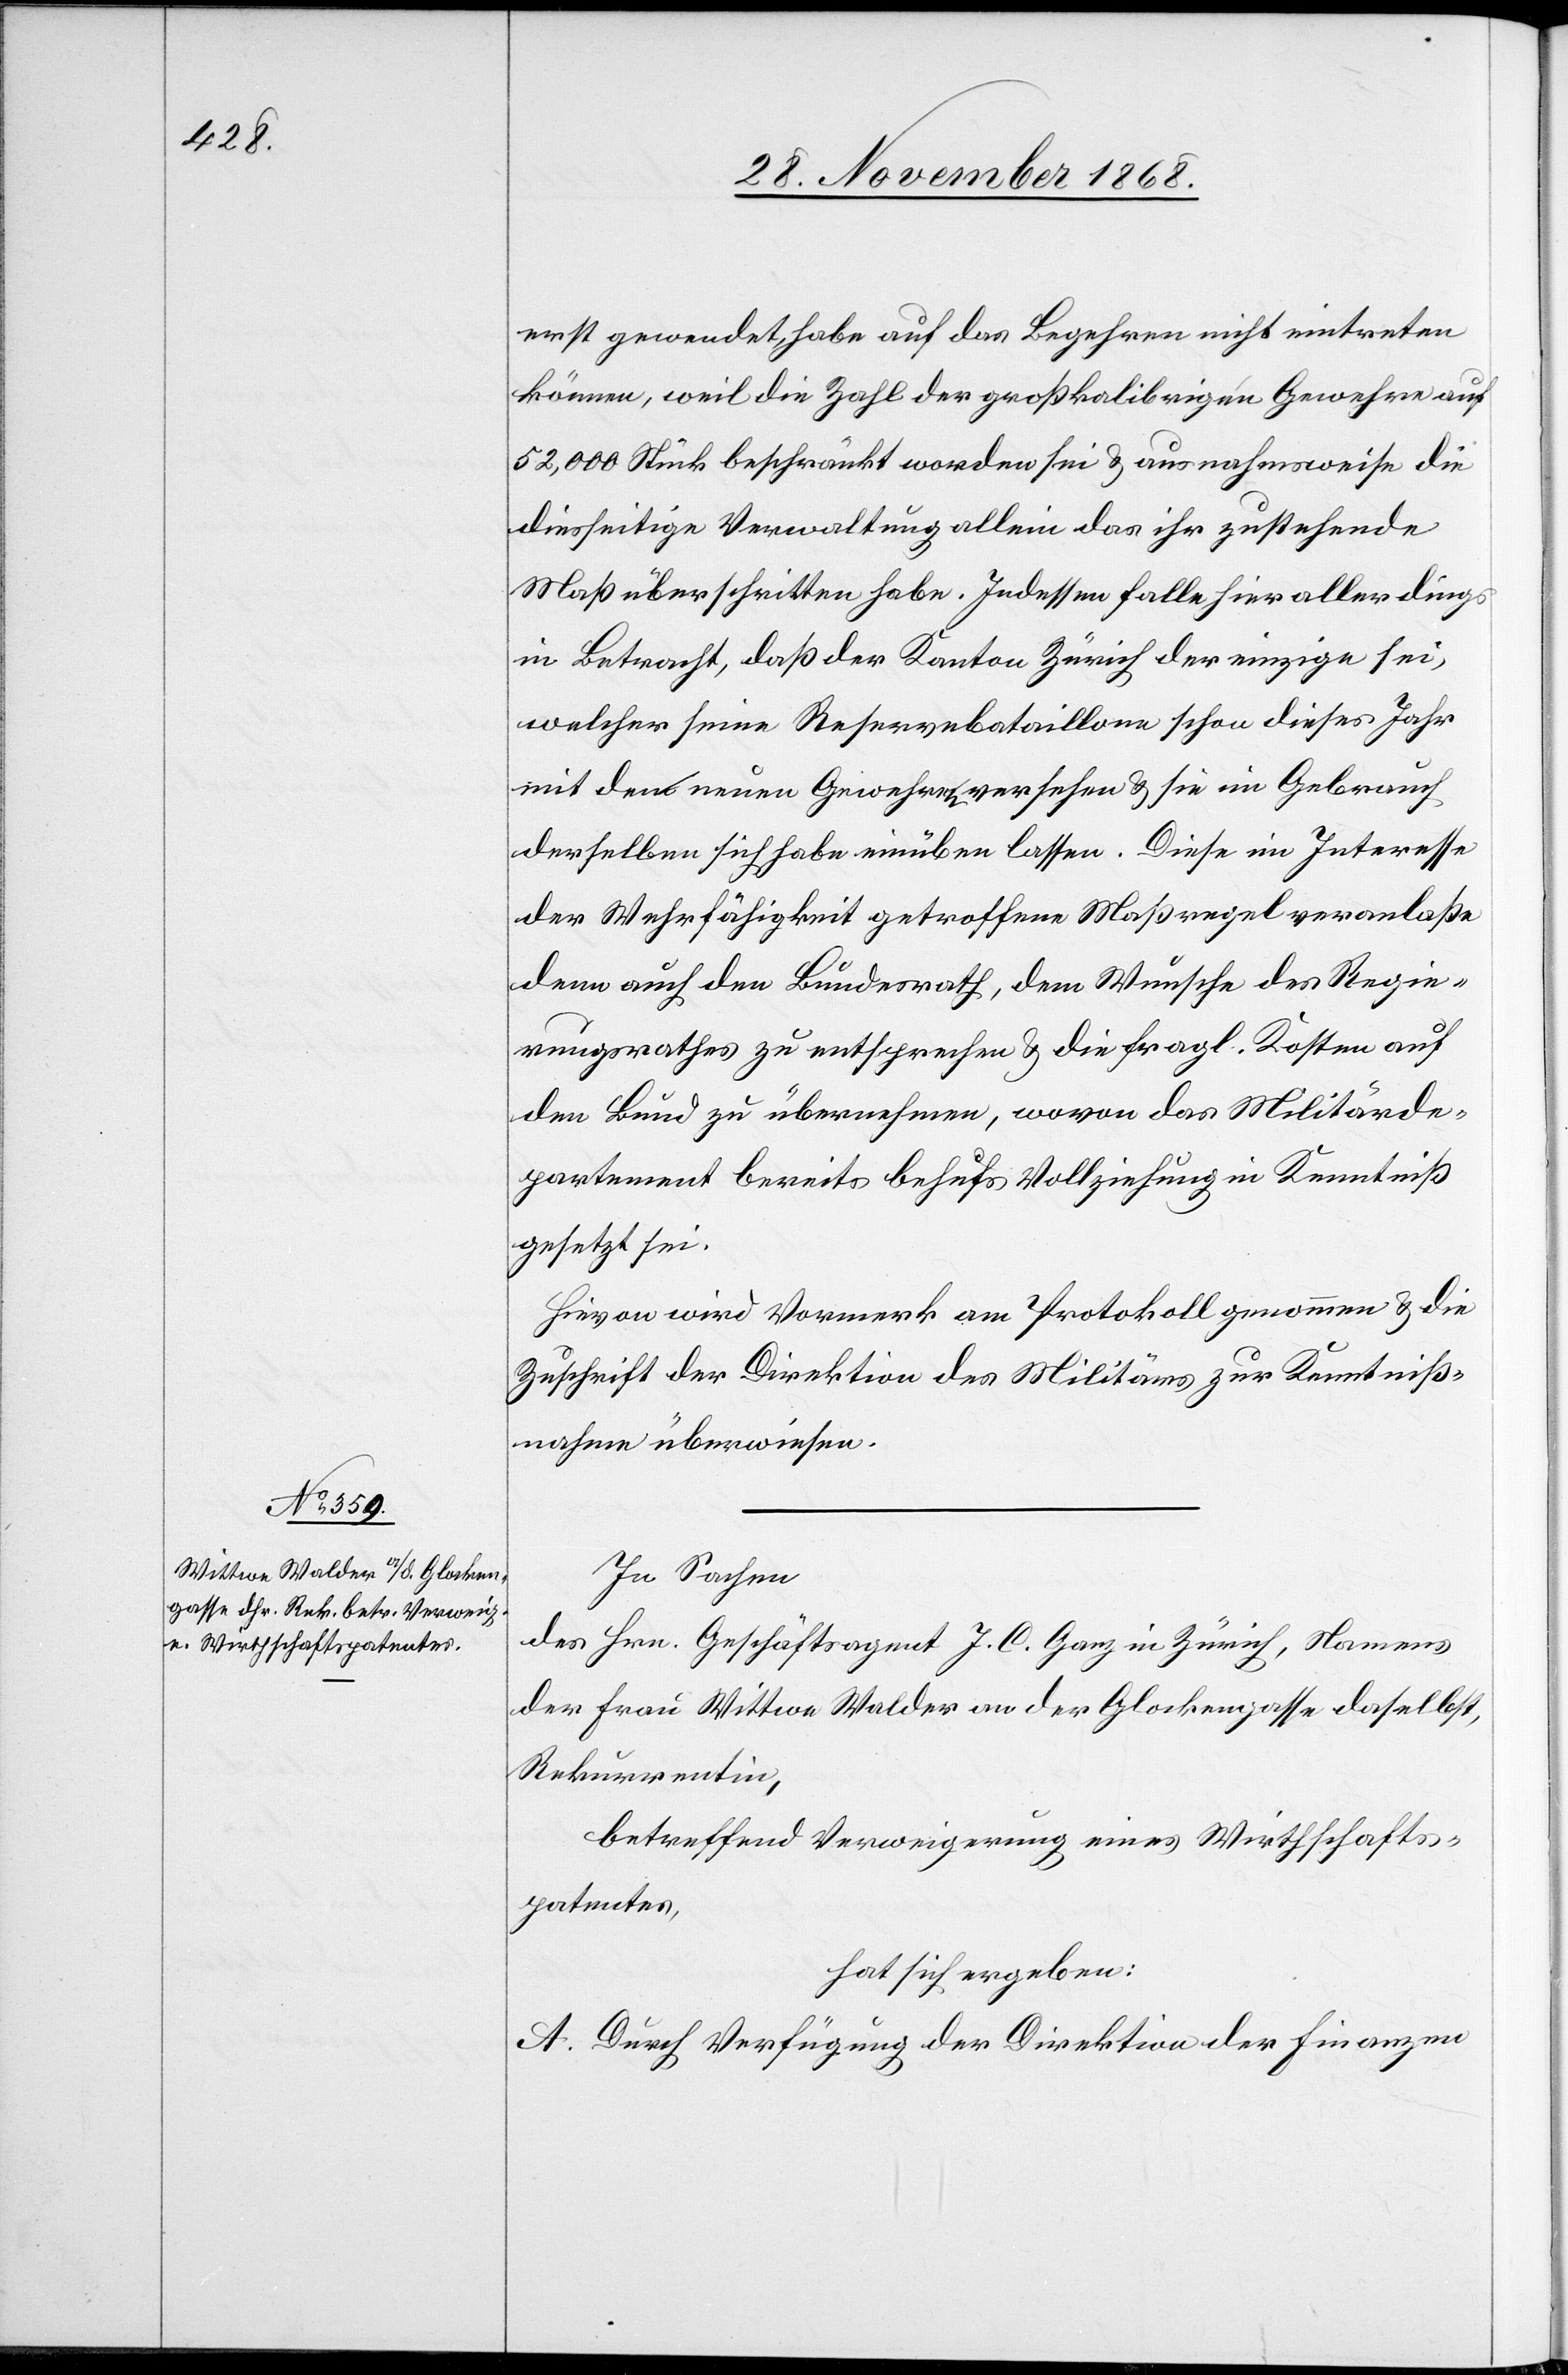
erst gewendet, habe auf das Begehren nicht eintreten
können, weil die Zahl der großkalibrigen Gewehre auf
52,000 Stück beschränkt worden sei & ausnahmsweise die
diesseitige Verwaltung allein das ihr zustehende
Maß überschritten habe. Indessen falle hier allerdings
in Betracht, daß der Kanton Zürich der einzige sei,
welcher seine Reservebataillone schon dieses Jahr
mit den neuen Gewehren versehen & sie im Gebrauch
derselben sich habe einüben lassen. Diese im Interesse
der Wehrfähigkeit getroffene Maßregel veranlaße
denn auch den Bundesrath, dem Wunsche des Regie¬
rungsrathes zu entsprechen & die fragl. Kosten auf
den Bund zu übernehmen, wovon das Militärde¬
partement bereits behufs Vollziehung in Kenntniß
gesetzt sei.
Hievon wird Vormerk am Protokoll genommen & die
Zuschrift der Direktion des Militärs zur Kenntniß¬
nahme überwiesen.
In Sachen
des Hrn. Geschäftsagent J. C. Ganz in Zürich, Namens
der Frau Wittwe Walder an der Glockengasse daselbst,
Rekurrentin,
betreffend Verweigerung eines Wirthschafts¬
patentes,
hat sich ergeben:
A. Durch Verfügung der Direktion der Finanzen